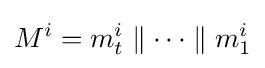
M^{i}=m_{t}^{i}\parallel \cdots \parallel m_{1}^{i}